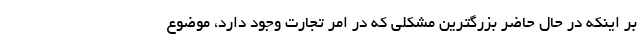
بر اینکه در حال حاضر بزرگترین مشکلی که در امر تجارت وجود دارد، موضوع